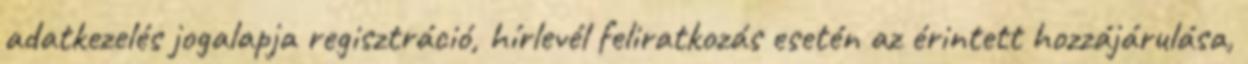
adatkezelés jogalapja regisztráció, hírlevél feliratkozás esetén az érintett hozzájárulása,